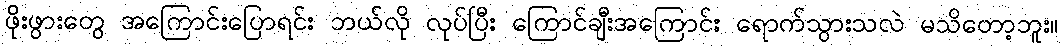
ဖိုးဖွားတွေ အကြောင်းပြောရင်း ဘယ်လို လုပ်ပြီး ကြောင်ချီးအကြောင်း ရောက်သွားသလဲ မသိတော့ဘူး။